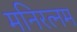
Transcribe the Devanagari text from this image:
मनिरत्नम